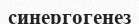
синергогенез